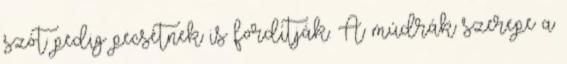
szót pedig pecsétnek is fordítják. A múdrák szerepe a